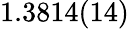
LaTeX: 1.3814(14)